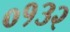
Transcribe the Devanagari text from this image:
०१३२